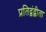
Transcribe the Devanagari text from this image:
प्रतिद्वंद्वीता